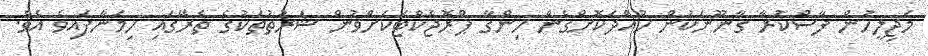
މަޖިލީހުން ފާސްކުރާ ގާނޫނަކުން ހުއްދަކޮށްގެން ހިންގާ ޕްރޮޖެކްޓަކަށްވުން ޝަރުތުތަކުގެ ތެރޭގައި ހިމަނާފައިވެ އެވެ.